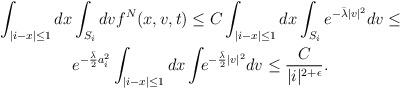
LaTeX: \begin{align*}\int_{|i-x|\leq1}dx&\int_{S_i}dvf^N(x,v,t)\leq C\int_{|i-x|\leq1}dx\int_{S_i}e^{-\bar{\lambda} |v|^2}dv\leq\\&e^{-\frac{\bar{\lambda}}{2} a_i^2}\int_{|i-x|\leq1}dx\int_{}e^{-\frac{\bar{\lambda}}{2} |v|^2}dv\leq \frac{C}{|i|^{2+\epsilon}} .\end{align*}